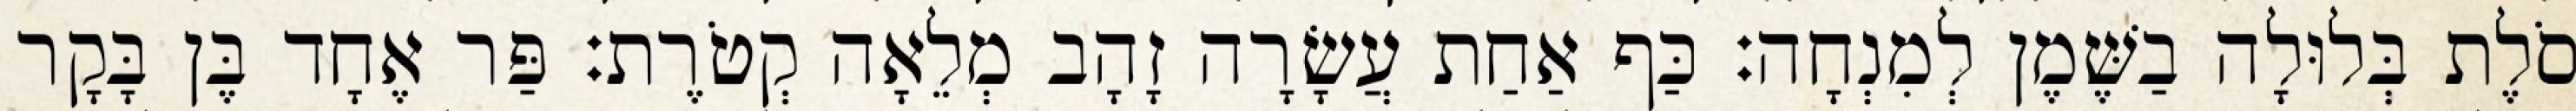
סֹלֶת בְּלוּלָה בַשֶּׁמֶן לְמִנְחָה׃ כַּף אַחַת עֲשָׂרָה זָהָב מְלֵאָה קְטֹרֶת׃ פַּר אֶחָד בֶּן בָּקָר